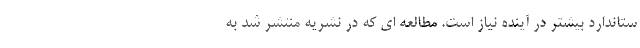
ستاندارد بیشتر در آینده نیاز است. مطالعه ای که در نشریه منتشر شد به